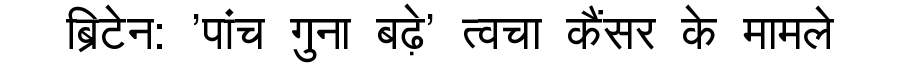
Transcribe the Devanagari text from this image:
ब्रिटेन: 'पांच गुना बढ़े' त्वचा कैंसर के मामले